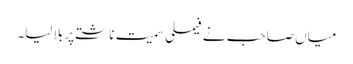
میاں صاحب نے فیملی سمیت ناشتے پر بلا لیا۔